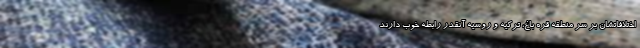
اختلافاتشان بر سر منطقه قره باغ، ترکیه و روسیه آنقدر رابطه خوب دارند